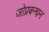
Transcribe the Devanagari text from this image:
जोप्रबन्धन